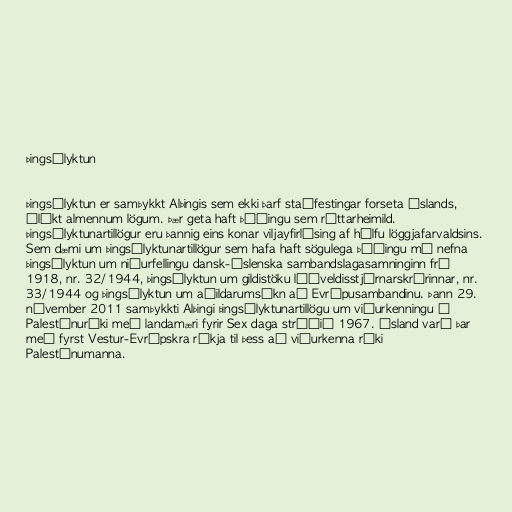
Þingsályktun

Þingsályktun er samþykkt Alþingis sem ekki þarf staðfestingar forseta Íslands,
ólíkt almennum lögum. Þær geta haft þýðingu sem réttarheimild.
Þingsályktunartillögur eru þannig eins konar viljayfirlýsing af hálfu löggjafarvaldsins.
Sem dæmi um þingsályktunartillögur sem hafa haft sögulega þýðingu má nefna
þingsályktun um niðurfellingu dansk-íslenska sambandslagasamninginn frá
1918, nr. 32/1944, þingsályktun um gildistöku lýðveldisstjórnarskrárinnar, nr.
33/1944 og þingsályktun um aðildarumsókn að Evrópusambandinu. Þann 29.
nóvember 2011 samþykkti Alþingi þingsályktunartillögu um viðurkenningu á
Palestínuríki með landamæri fyrir Sex daga stríðið 1967. Ísland varð þar
með fyrst Vestur-Evrópskra ríkja til þess að viðurkenna ríki
Palestínumanna.